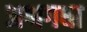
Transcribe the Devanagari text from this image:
अश्वगधा